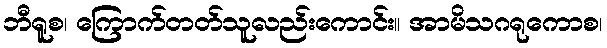
ဘီရူစ၊ ကြောက်တတ်သူလည်းကောင်း။ အာမိသဂရုကောစ၊